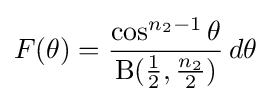
F(\theta )={\frac {\cos ^{n_{2}-1}\theta }{\mathrm {B} ({\frac {1}{2}},{\frac {n_{2}}{2}})}}\,d\theta